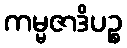
ကမ္မဇာဒိပဉ္စ